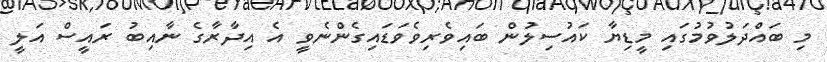
މި ބައްދަލުވުމުގައި މީޑިޔާ ކައުސިލުން ބައިވެރިވެވަޑައިގެންނެވީ އެ އިދާރާގެ ނާއިބު ރައީސް އަލީ